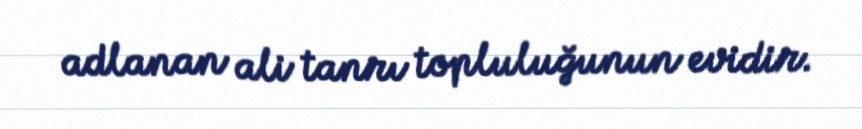
adlanan ali tanrı topluluğunun evidir.